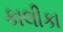
કાલીકા